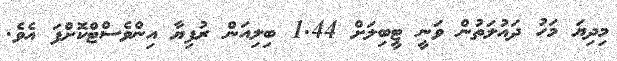
މިދިޔަ މަހު ދައުލަތުން ވަނީ ޓީބިލަށް 1.44 ބިލިއަން ރުފިޔާ އިންވެސްޓްކޮށްފަ އެވެ.